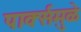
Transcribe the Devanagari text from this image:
पार्क्समुळे